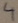
Text: 4